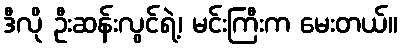
ဒီလို ဦးဆန်းလွင်ရဲ့၊ မင်းကြီးက မေးတယ်။